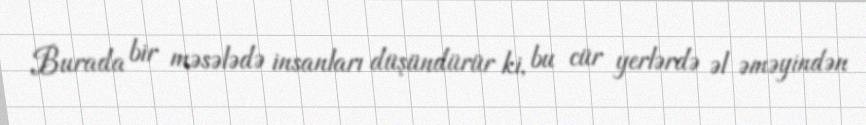
Burada bir məsələdə insanları düşündürür ki, bu cür yerlərdə əl əməyindən